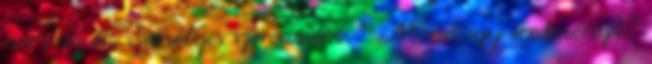
nem az én személyes szerencsém. – Mond egy eredményt?